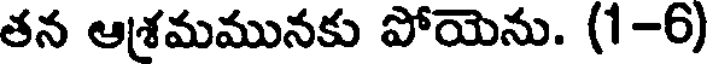
తన ఆశ్రమమునకు పోయెను. (1-6)